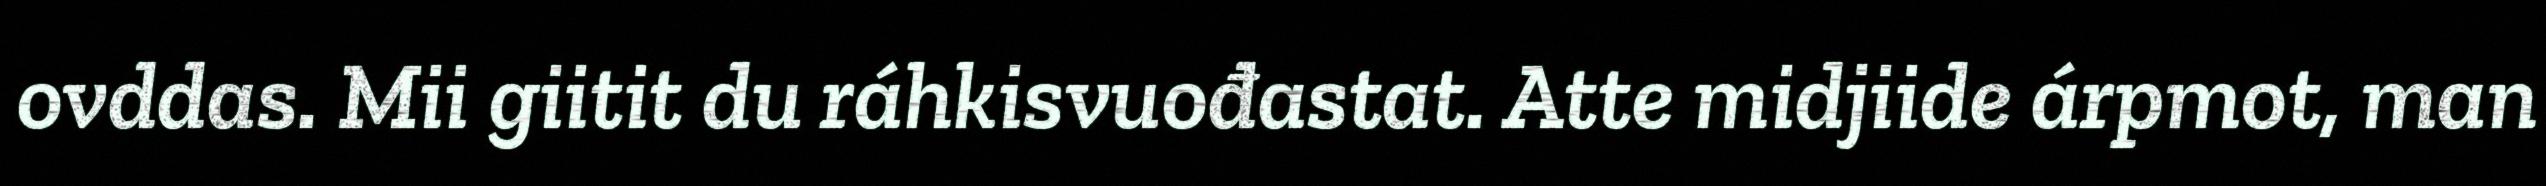
ovddas. Mii giitit du ráhkisvuođastat. Atte midjiide árpmot, man